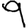
Digit: 9